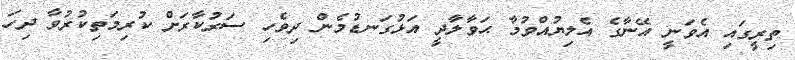
ތިރީގައި އެވަނީ އޭނާގެ އެލިޔުއްވުމާ ޙަވާލާދީ އަޅުގަނޑުމެން ދިވެހި ސަރުކާރަށް ކުރިމަތިކުރުވާ ދިހަ